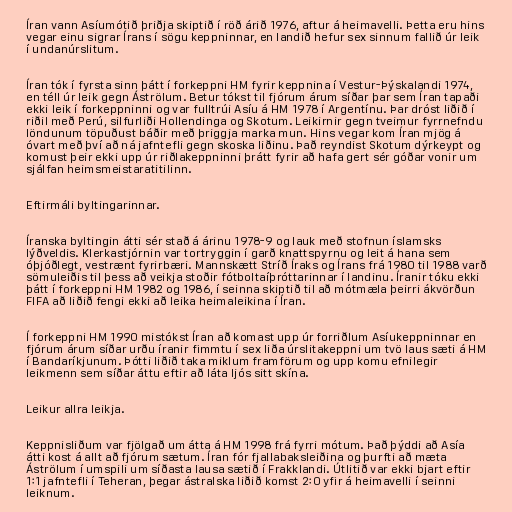
Íran vann Asíumótið þriðja skiptið í röð árið 1976, aftur á heimavelli. Þetta eru hins
vegar einu sigrar Írans í sögu keppninnar, en landið hefur sex sinnum fallið úr leik
í undanúrslitum.

Íran tók í fyrsta sinn þátt í forkeppni HM fyrir keppnina í Vestur-Þýskalandi 1974,
en téll úr leik gegn Áströlum. Betur tókst til fjórum árum síðar þar sem Íran tapaði
ekki leik í forkeppninni og var fulltrúi Asíu á HM 1978 í Argentínu. Þar dróst liðið í
riðil með Perú, silfurliði Hollendinga og Skotum. Leikirnir gegn tveimur fyrrnefndu
löndunum töpuðust báðir með þriggja marka mun. Hins vegar kom Íran mjög á
óvart með því að ná jafntefli gegn skoska liðinu. Það reyndist Skotum dýrkeypt og
komust þeir ekki upp úr riðlakeppninni þrátt fyrir að hafa gert sér góðar vonir um
sjálfan heimsmeistaratitilinn.

Eftirmáli byltingarinnar.

Íranska byltingin átti sér stað á árinu 1978-9 og lauk með stofnun íslamsks
lýðveldis. Klerkastjórnin var tortryggin í garð knattspyrnu og leit á hana sem
óþjóðlegt, vestrænt fyrirbæri. Mannskætt Stríð Íraks og Írans frá 1980 til 1988 varð
sömuleiðis til þess að veikja stoðir fótboltaíþróttarinnar í landinu. Íranir tóku ekki
þátt í forkeppni HM 1982 og 1986, í seinna skiptið til að mótmæla þeirri ákvörðun
FIFA að liðið fengi ekki að leika heimaleikina í Íran.

Í forkeppni HM 1990 mistókst Íran að komast upp úr forriðlum Asíukeppninnar en
fjórum árum síðar urðu íranir fimmtu í sex liða úrslitakeppni um tvö laus sæti á HM
í Bandaríkjunum. Þótti liðið taka miklum framförum og upp komu efnilegir
leikmenn sem síðar áttu eftir að láta ljós sitt skína.

Leikur allra leikja.

Keppnisliðum var fjölgað um átta á HM 1998 frá fyrri mótum. Það þýddi að Asía
átti kost á allt að fjórum sætum. Íran fór fjallabaksleiðina og þurfti að mæta
Áströlum í umspili um síðasta lausa sætið í Frakklandi. Útlitið var ekki bjart eftir
1:1 jafntefli í Teheran, þegar ástralska liðið komst 2:0 yfir á heimavelli í seinni
leiknum.